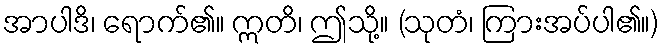
အာပါဒိ၊ ရောက်၏။ ဣတိ၊ ဤသို့။ (သုတံ၊ ကြားအပ်ပါ၏။)